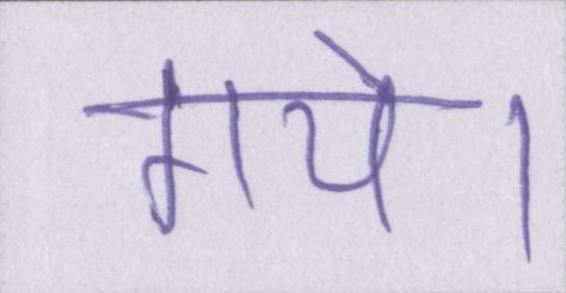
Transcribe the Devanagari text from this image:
गये।